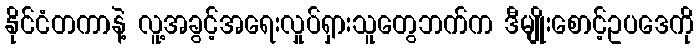
နိုင်ငံတကာနဲ့ လူ့အခွင့်အရေးလှုပ်ရှားသူတွေဘက်က ဒီမျိုးစောင့်ဥပဒေကို